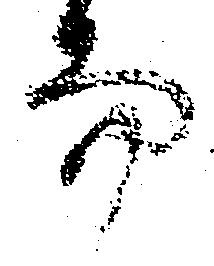
而